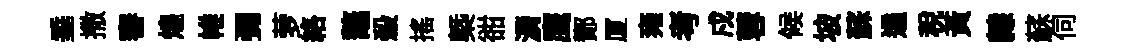
垂撒審煌帷彌萝絡鼇殺揺㮣𧮳漘鹰鄼厦雍考戍蓉候坡蘇遹税黄隸蘇伺